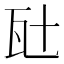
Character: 瓧